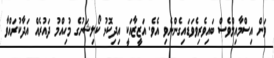
ވަން އިސްމާއިލްވެސް ބައިވެރިވެވަޑައިގެންނެވި އެވެ. އަޒީޒާއަކީ އިދިކޮޅު ކޯލިޝަނުގެ މުހިއްމު ދައުރެއް އަދާކުރައްވާ